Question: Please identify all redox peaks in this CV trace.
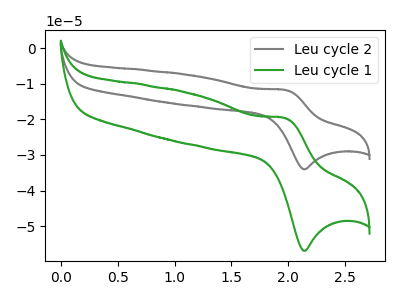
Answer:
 <answer>The gray curve "Leu cycle 2" has an anodic peak at (1.95V, -11.75uA) and a cathodic peak at (2.15V, -34.00uA). The green curve "Leu cycle 1" has an anodic peak at (1.95V, -19.65uA) and a cathodic peak at (2.15V, -56.90uA).</answer>
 <eval></eval>